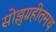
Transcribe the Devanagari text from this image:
सोझुग्रहीतमथ